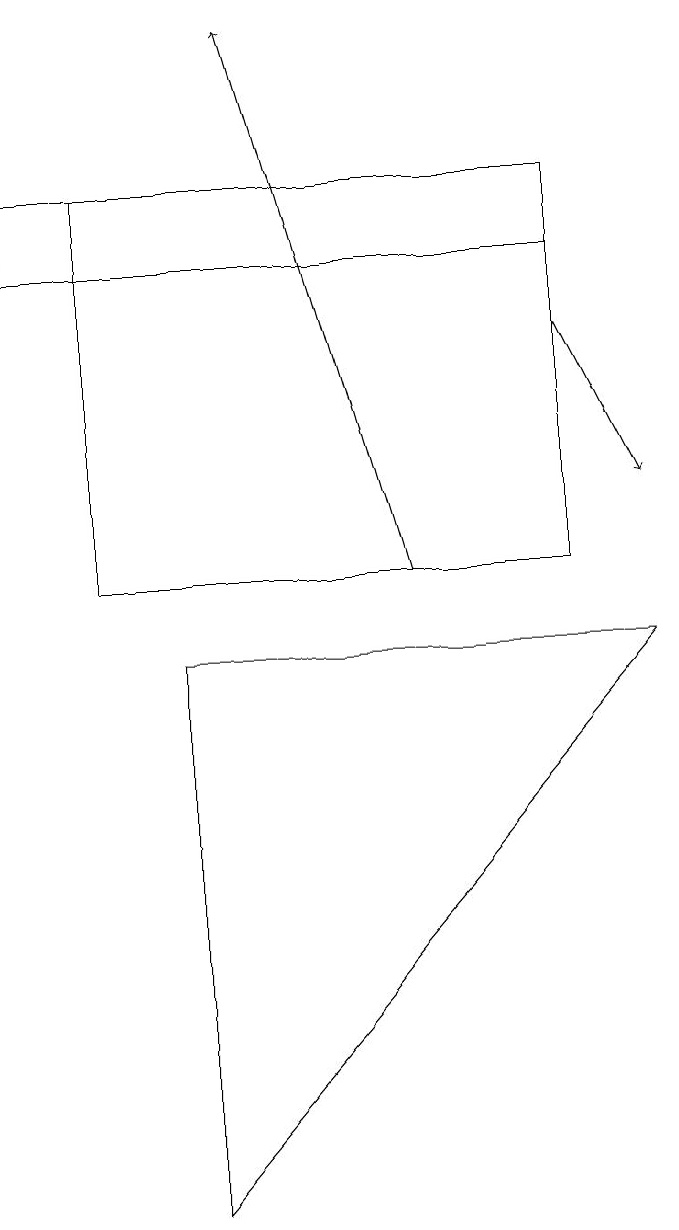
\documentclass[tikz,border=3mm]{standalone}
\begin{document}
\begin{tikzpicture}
\draw[->] (8,13) -- (9,11);
\draw[->] (6,10) -- (4,17);
\draw (8,15) rectangle (1,14);
\draw (3,9) -- (3,2) -- (9,9) -- cycle;
\draw (2,10) rectangle (8,15);
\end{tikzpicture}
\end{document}